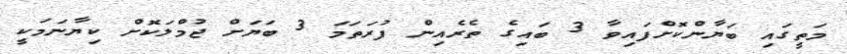
މަތީގައި ބަޔާންކޮށްފައިވާ 3 ބައިގެ ތެރެއިން ފުރަތަމަ 3 ބަޔަށް ޖުމްލަކޮށް ކިޔާނަމަކީ